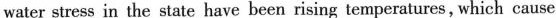
water stress in the state have been rising temperatures,which cause